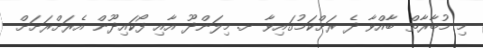
މި މުބާރާތް ބާއްވާ ދެ ރަށްކަމުގައިވާ ށ. މިލަންދޫ އާއި ފޯކައިދޫން އެރަށްރަށަށް